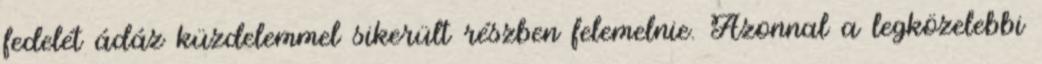
fedelét ádáz küzdelemmel sikerült részben felemelnie. Azonnal a legközelebbi